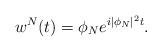
LaTeX: \begin{align*} w^N (t) = \phi_N e^{i |\phi_N|^2 t}.\end{align*}